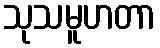
သုသမူဟတာ